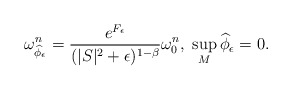
\begin{align*}\omega_{\widehat{\phi}_{\epsilon}}^n=\frac{e^{F_{\epsilon}}}{(|S|^2+\epsilon)^{1-\beta}}\omega^n_{0},\ \sup_{M}\widehat{\phi}_{\epsilon}=0.\end{align*}